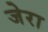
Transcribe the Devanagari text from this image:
जेरा